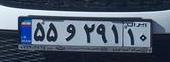
۵۵و۲۹۱۱۰